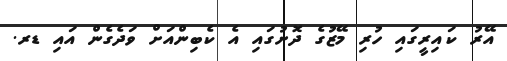
އޭރު ކައިރީގައި ހުރި މޭޒުގެ ދޮށުގައި އެ ކެބިންއަށް ވަދެގެން އައި ޑރ.